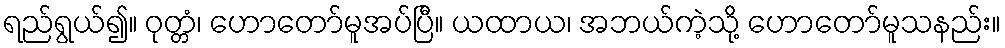
ရည်ရွယ်၍။ ဝုတ္တံ၊ ဟောတော်မူအပ်ပြီ။ ယထာယ၊ အဘယ်ကဲ့သို့ ဟောတော်မူသနည်း။